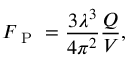
F _ { \mathrm { ~ P ~ } } = \frac { 3 \lambda ^ { 3 } } { 4 \pi ^ { 2 } } \frac { Q } { V } ,